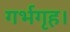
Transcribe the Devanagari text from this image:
गर्भगृह।